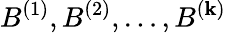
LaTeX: B^{(1)},B^{(2)},\ldots,B^{(\mathbf{k})}